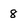
Character: 8